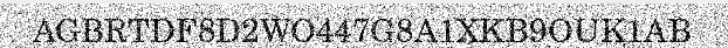
AGBRTDF8D2WO447G8A1XKB9OUK1AB